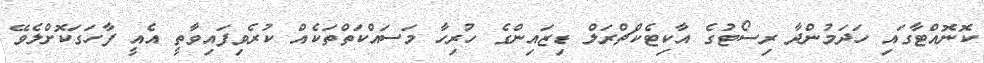
ކޮނޮއްޓާގައި ހަދަމުންދާ ރިސޯޓުގެ އާކިޓެކްޗްރަލް ޑިޒައިންގެ ހުރިހާ މަސައްކަތްތަކެއް ކުރެވިފައިވާތީ އެއީ ފާހަަގަކޮށްލެވޭ